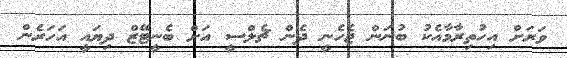
ވަރަށް އިހުތިރާމާއެކު ބުނަން ޖެހެނީ ދެން ޗެލްސީ އަށް ބެނީޓޭޒް ދިޔައީ އަހަރެން